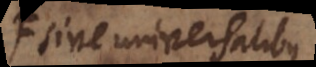
sive universalibus